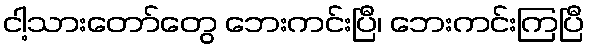
ငါ့သားတော်တွေ ဘေးကင်းပြီ၊ ဘေးကင်းကြပြီ